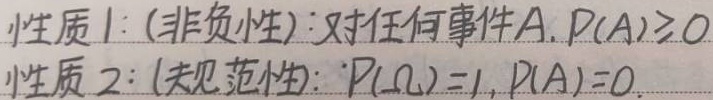
性质 1：(非负性)：对任何事件 \(A\)，\(P(A)\geq0\)。
性质 2：(规范性)：\(P(\Omega)=1\)，\(P(\varnothing)=0\)